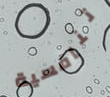
تنافسية